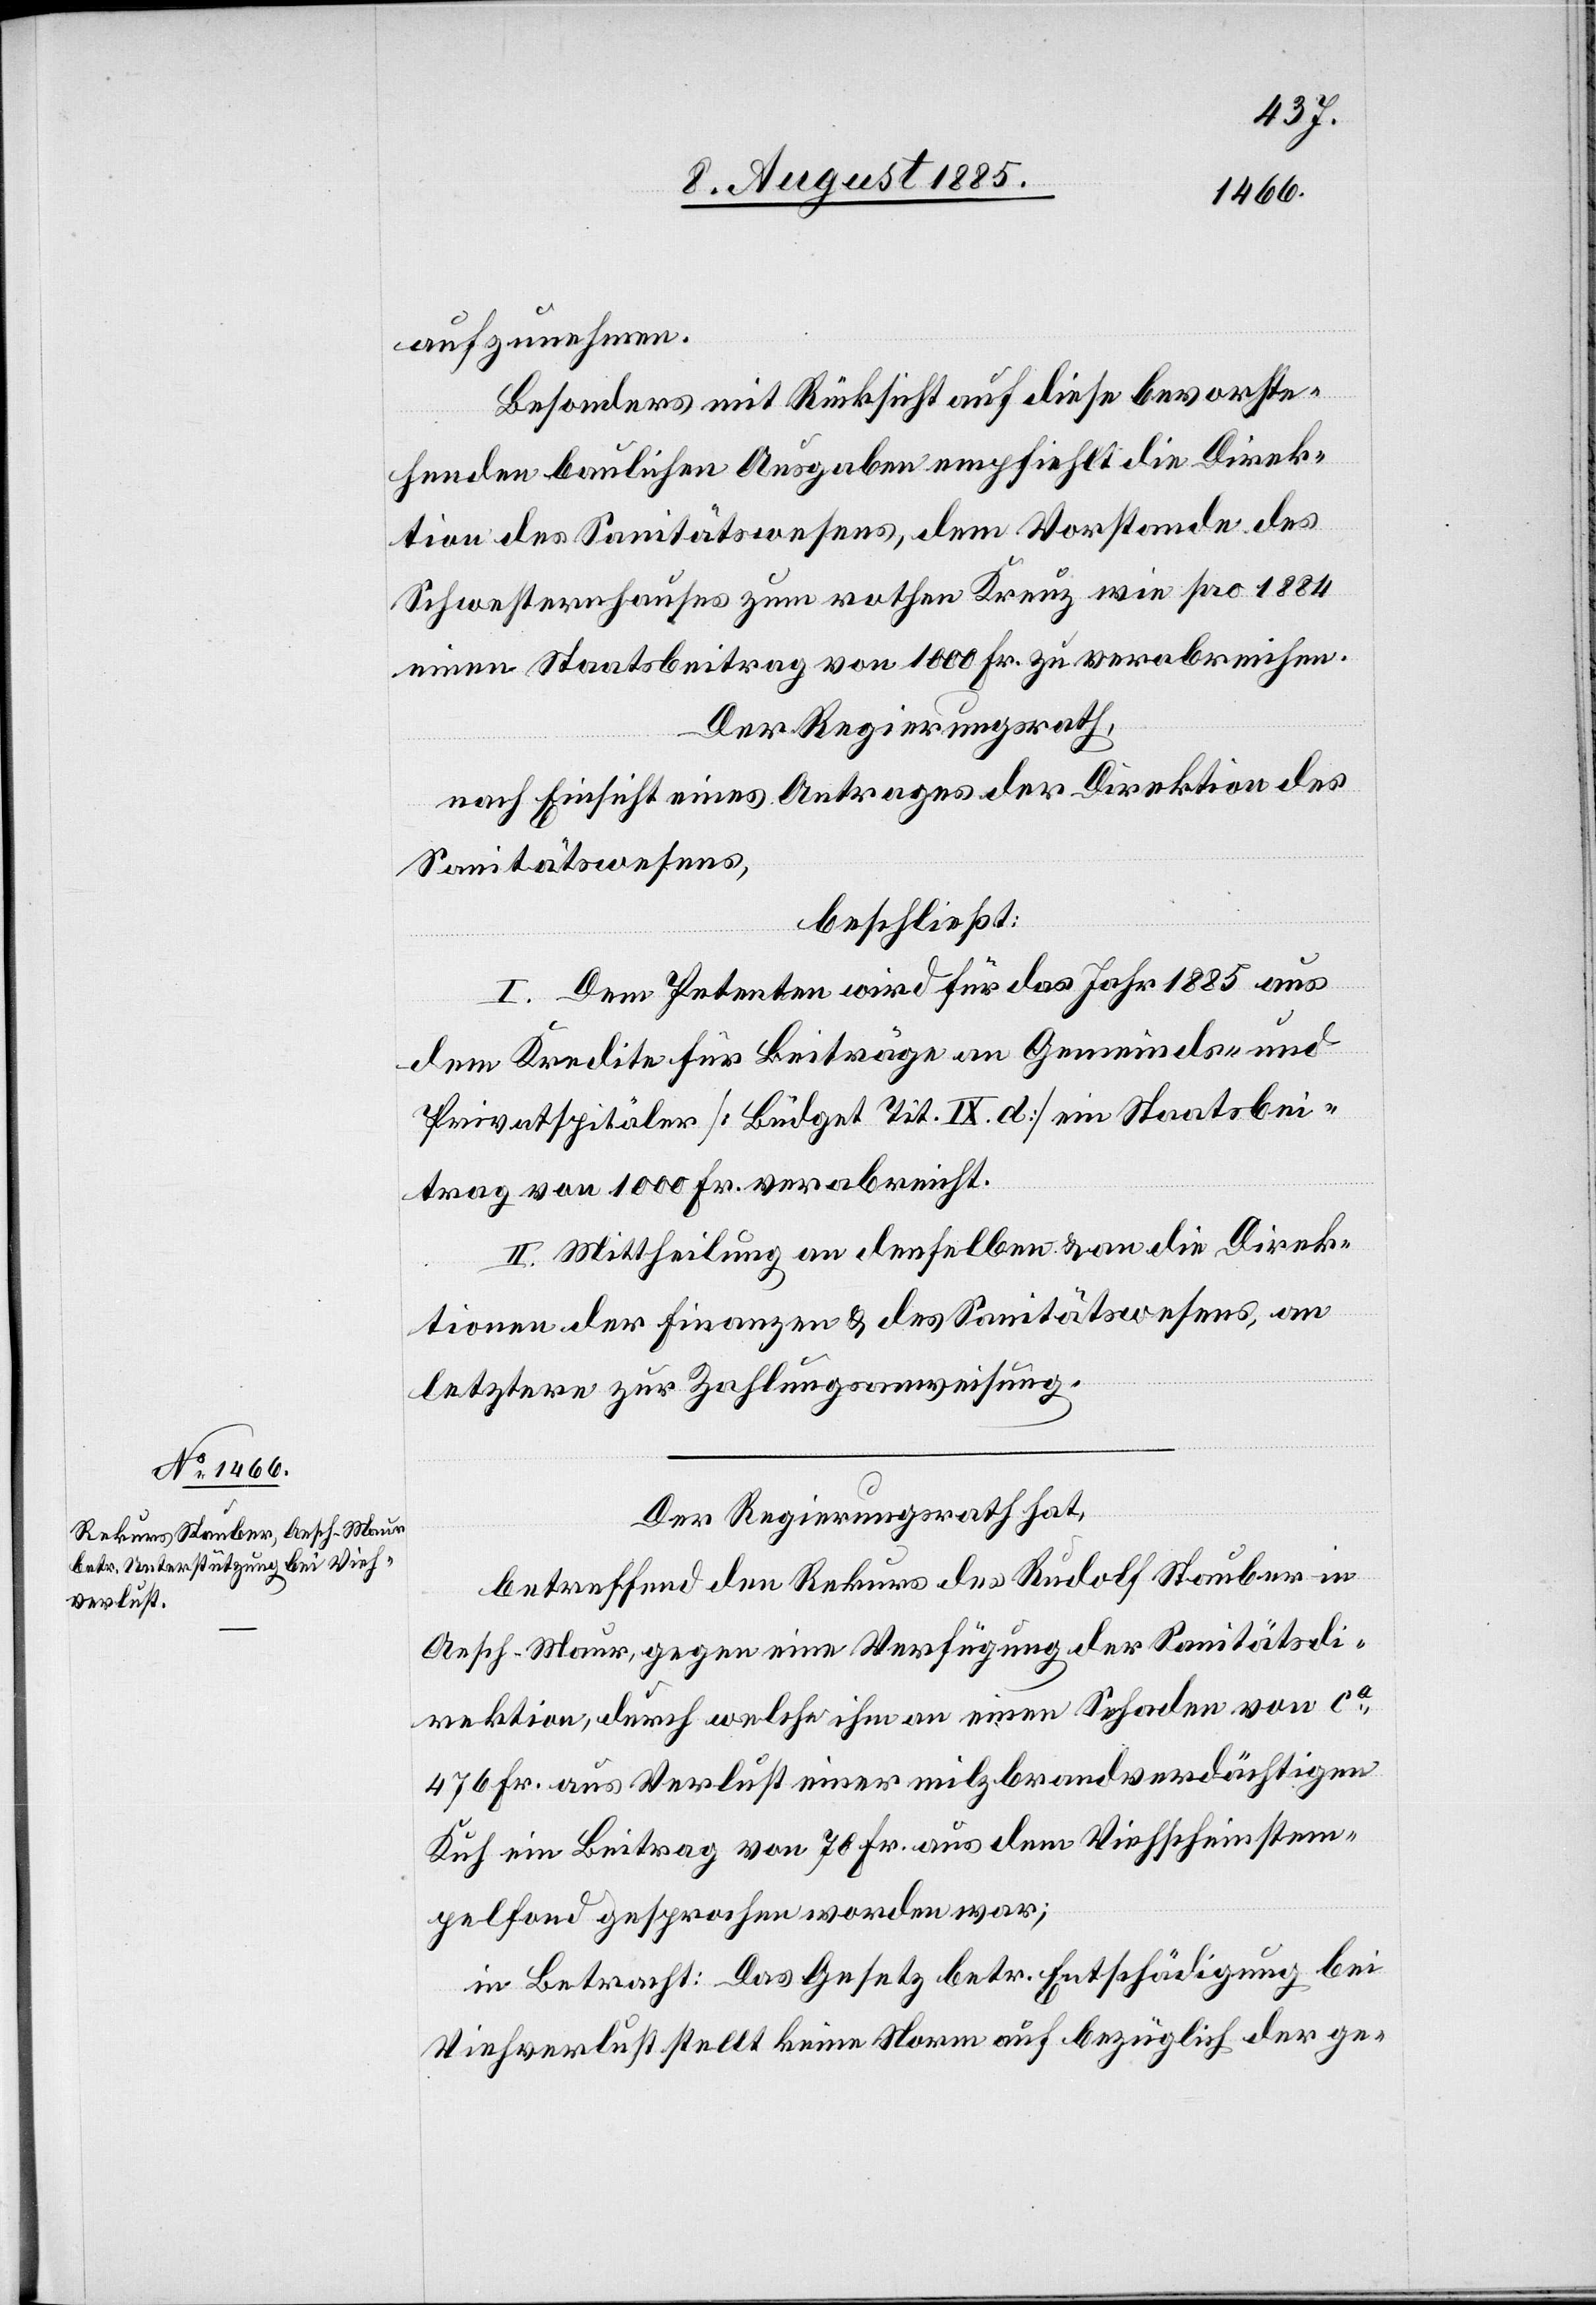
aufzunehmen.
Besonders mit Rücksicht auf diese bevorste¬
henden baulichen Ausgaben empfiehlt die Direk¬
tion des Sanitätswesens, dem Vorstande des
Schwesternhauses zum rothen Kreuz wie pro 1884
einen Staatsbeitrag von 1000 Fr. zu verabreichen.
Der Regierungsrath,
nach Einsicht eines Antrages der Direktion des
Sanitätswesens,
beschließt:
I. Dem Petenten wird für das Jahr 1885 aus
dem Kredite für Beiträge an Gemeinds- und
Privatspitäler [Büdget Tit. IX. d] ein Staatsbei¬
trag von 1000 Fr. verabreicht.
II. Mittheilung an denselben & an die Direk¬
tion der Finanzen & des Sanitätswesens, an
letztern zur Zahlungsanweisung.
Der Regierungsrath hat,
betreffend den Rekurs des Rudolf Stauber in
Aesch - Maur, gegen eine Verfügung der Sanitätsdi¬
rektion, durch welche ihm an einen Schaden von ca
476 Fr. aus Verlust einer milzbrandverdächtigen
Kuh ein Beitrag von 70 Fr. aus dem Viehscheinstem¬
pelfond gesprochen worden war;
in Betracht: Das Gesetz betr. Entschädigung bei
Viehverlust stellt keine Norm auf bezüglich der ge-